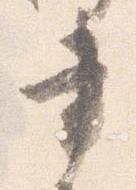
書